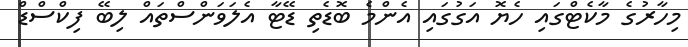
މިހާރުގެ މާކެޓްގައި ހެޔޮ އަގުގައި އެންމެ ބޮޑެތި ޑޭޓާ އެލަވަންސްތައް ލިބޭ ފިކްސްޑް